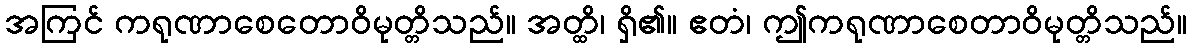
အကြင် ကရုဏာစေတောဝိမုတ္တိသည်။ အတ္ထိ၊ ရှိ၏။ ဧတံ၊ ဤကရုဏာစေတာဝိမုတ္တိသည်။